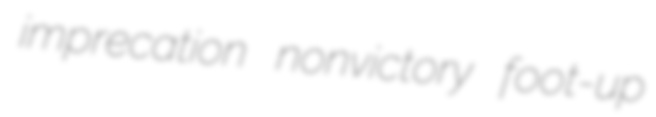
imprecation nonvictory foot-up